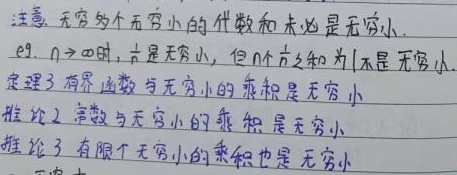
注意，无穷多个无穷小的代数和未必是无穷小。eg. 当\(n \to \infty\)时，\(\frac{1}{n}\)是无穷小，但\(n\)个\(\frac{1}{n}\)之和为\(1\)不是无穷小。

定理3：有界函数与无穷小的乘积是无穷小。

推论2：常数与无穷小的乘积是无穷小。

推论3：有限个无穷小的乘积也是无穷小。